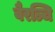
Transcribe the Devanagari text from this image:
वैरञ्चि